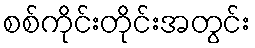
စစ်ကိုင်းတိုင်းအတွင်း